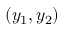
( y _ { 1 } , y _ { 2 } )